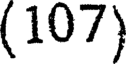
(107)